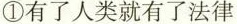
①有了人类就有了法律